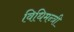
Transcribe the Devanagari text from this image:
विधिमन्त्री